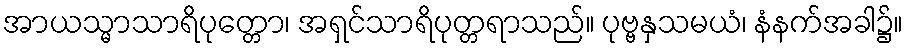
အာယသ္မာသာရိပုတ္တော၊ အရှင်သာရိပုတ္တရာသည်။ ပုဗ္ဗနှသမယံ၊ နံနက်အခါ၌။